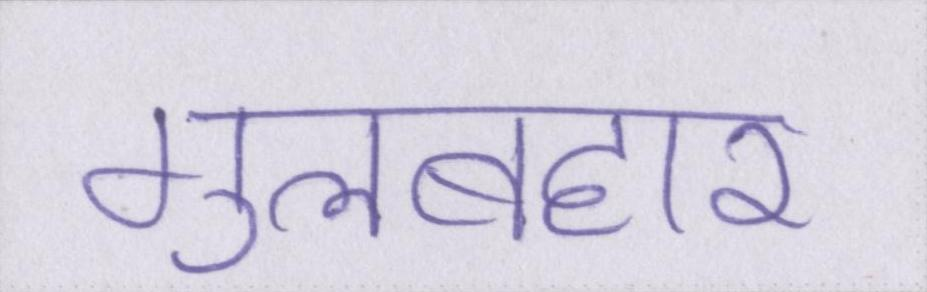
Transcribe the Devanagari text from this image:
गुलबहार